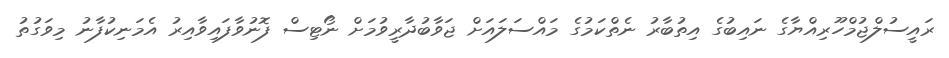
ރައީސުލްޖުމްހޫރިއްޔާގެ ނައިބުގެ އިތުބާރު ނެތްކަމުގެ މައްސަލައަށް ޖަވާބުދާރީވުމަށް ނޯޓިސް ފޮނުވާފައިވާއިރު އެމަނިކުފާނު މިވަގުތު